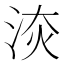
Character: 𣵩